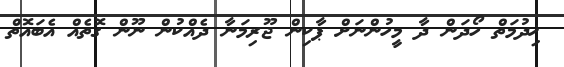
ޚިދުމަތް ހޯދަން ދާ މީހުންނަށް ޕާކިން ޖޫރިމަނާ ދެއްކުން ނޫން ގޮތެއް އެބައޮތް